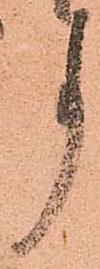
事